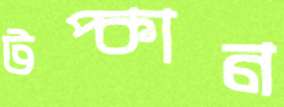
টপ্‌কান